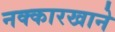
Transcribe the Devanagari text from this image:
नक्कारखाने